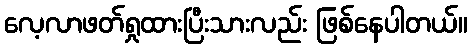
လေ့လာဖတ်ရှုထားပြီးသားလည်း ဖြစ်နေပါတယ်။